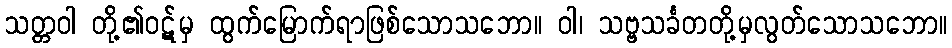
သတ္တဝါ တို့၏ဝဋ်မှ ထွက်မြောက်ရာဖြစ်သောသဘော။ ဝါ၊ သဗ္ဗသင်္ခတတို့မှလွတ်သောသဘော။